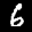
Label: 6